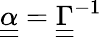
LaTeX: \underline{{\underline{{\alpha}}}}=\underline{{\underline{{\Gamma}}}}^{-1}